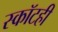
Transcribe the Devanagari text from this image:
स्कॉटही